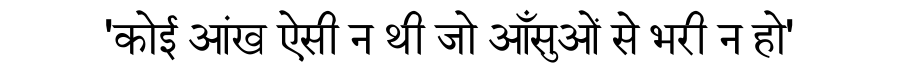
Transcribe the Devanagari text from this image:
'कोई आंख ऐसी न थी जो आँसुओं से भरी न हो'